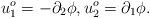
LaTeX: \begin{align*}u^o_1 = - \partial_2 \phi, u_2^o = \partial_1 \phi.\end{align*}